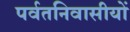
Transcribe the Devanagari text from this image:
पर्वतनिवासीयों